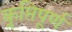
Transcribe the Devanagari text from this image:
कॢप्तिपूर्ण